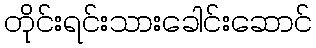
တိုင်းရင်းသားခေါင်းဆောင်